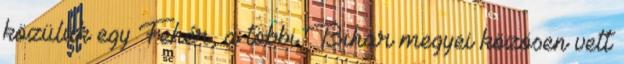
közülük egy Fehér, a többi Bihar megyei közösen vett